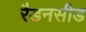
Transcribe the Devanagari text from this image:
रैडनसीड